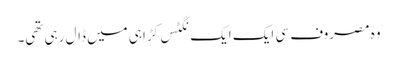
وہ مصروف سی ایک ایک نگٹس کڑاہی میں ڈال رہی تھی۔